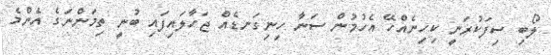
ލޯބި ސިފަކުރަނީ ކިހިނެއްހޭ އެހުމުން ސަނާ ހިނިގަނޑެއް ޖަހާލައިފައި ބުނީ ތިމަންނަގެ އެންމެ